Report of the Indian Hemp Drugs Commission, 1894-1895 - Volume IV
Year: 1894
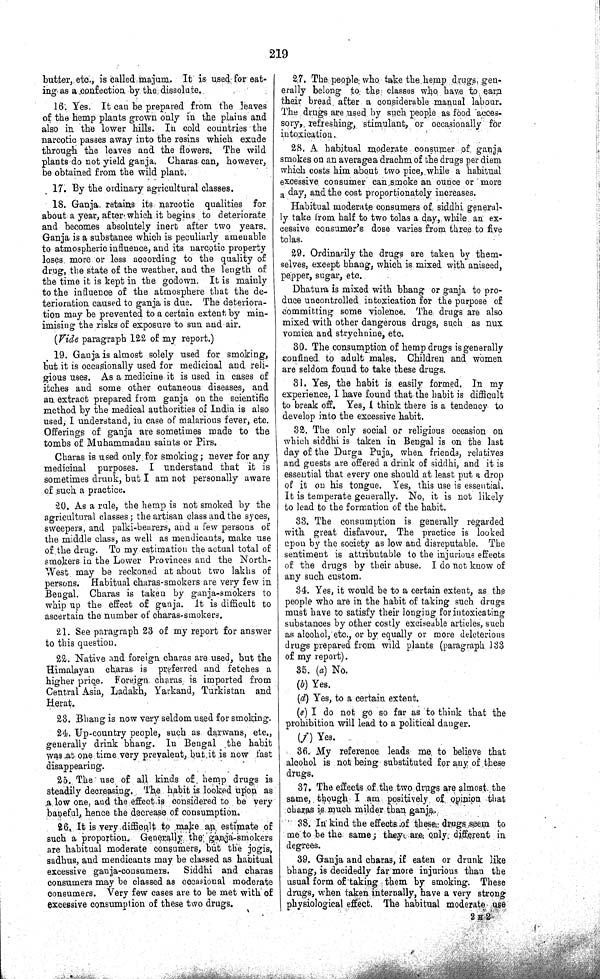
219
butter, etc., is called majum. It is used for eat-
ing as a confection by the dissolute.
16. Yes. It can be prepared from the leaves
of the hemp plants grown only in the plains and
also in the lower hills. In cold countries the
narcotic passes away into the resins which exude
through the leaves and the flowers. The wild
plants do not yield ganja. Charas can, however,
be obtained from the wild plant.
17. By the ordinary agricultural classes.
18. Ganja, retains its narcotic qualities for
about a year, after which it begins to deteriorate
and becomes absolutely inert after two years.
Ganja is a substance which is peculiarly amenable
to atmospheric influence, and its narcotic property
loses more or less according to the quality of
drug, the state of the weather, and the length of
the time it is kept in the godown. It is mainly
to the influence of the atmosphere that the de-
terioration caused to ganja is due. The deteriora-
tion may be prevented to a certain extent by min-
imising the risks of exposure to sun and air.
(Vide paragraph 122 of my report.)
19. Ganja is almost solely used for smoking,
but it is occasionally used for medicinal and reli-
gious uses. As a medicine it is used in cases of
itches and some other cutaneous diseases, and
an extract prepared from ganja on the scientific
method by the medical authorities of India is also
used, I understand, in case of malarious fever, etc.
Offerings of ganja are sometimes made to the
tombs of Muhammadan saints or Pirs.
Charas is used only for smoking; never for any
medicinal purposes. I understand that it is
sometimes drunk, but I am not personally aware
of such a practice.
20. As a rule, the hemp is not smoked by the
agricultural classes; the artisan class and the syces,
sweepers, and palki-bearers, and a few persons of
the middle class, as well as mendicants, make use
of the drug. To my estimation the actual total of
smokers in the Lower Provinces and the North-
West may be reckoned at about two lakhs of
persons. Habitual charas-smokers are very few in
Bengal. Charas is taken by ganja-smokers to
whip up the effect of ganja. It is difficult to
ascertain the number of charas-smokers.
21. See paragraph 23 of my report for answer
to this question.
22. Native and foreign charas are used, but the
Himalayan charas is preferred and fetches a
higher price. Foreign charas is imported from
Central Asia, Ladakh, Yarkand, Turkistan and
Herat.
23. Bhang is now very seldom used for smoking.
24. Up-country people, such as darwans, etc.,
generally drink bhang. In Bengal the habit
was at one time very prevalent, but it is now fast
disappearing.
25. The use of all kinds of hemp drugs is
steadily decreasing. The habit is looked upon as
a low one, and the effect is considered to be very
baneful, hence the decrease of consumption.
26. It is very difficult to make an estimate of
such a proportion. Generally the ganja-smokers
are habitual moderate consumers, but the jogis,
sadhus, and mendicants may be classed as habitual
excessive ganja-consumers.
Siddhi and charas
consumers may be classed as occasional moderate
consumers. Very few cases are to be met with of
excessive consumption of these two drugs.
27. The people who take the hemp drugs gen-
erally belong to the classes who have to earn
their bread after a considerable manual labour.
The drugs are used by such people as food acces-
sory, refreshing, stimulant, or occasionally for
intoxication.
28. A habitual moderate consumer of ganja
smokes on an average a drachm of the drugs per diem
which costs him about two pice, while a habitual
excessive consumer can smoke an ounce or more
a day, and the cost proportionately increases.
Habitual moderate consumers of siddhi general-
ly take from half to two tolas a day, while an ex-
cessive consumer's dose varies from three to five
tolas.
29. Ordinarily the drugs are taken by them-
selves, except bhang, which is mixed with aniseed,
pepper, sugar, etc.
Dhatura is mixed with bhang or ganja to pro-
duce uncontrolled intoxication for the purpose of
committing some violence. The drugs are also
mixed with other dangerous drugs, such as nux
vomica and strychnine, etc.
30. The consumption of hemp drugs is generally
confined to adult males. Children and women
are seldom found to take these drugs.
31. Yes, the habit is easily formed. In my
experience, I have found that the habit is difficult
to break off. Yes, I think there is a tendency to
develop into the excessive habit.
32. The only social or religious occasion on
which siddhi is taken in Bengal is on the last
day of the Durga Puja, when friends, relatives
and guests are offered a drink of siddhi, and it is
essential that every one should at least put a drop
of it on his tongue. Yes, this use is essential.
It is temperate generally. No, it is not likely
to lead to the formation of the habit.
33. The consumption is generally regarded
with great disfavour. The practice is looked
upon by the society as low and disreputable. The
sentiment is attributable to the injurious effects
of the drugs by their abuse. I do not know of
any such custom.
34. Yes, it would be to a certain extent, as the
people who are in the habit of taking such drugs
must have to satisfy their longing for intoxicating
substances by other costly exciseable articles, such
as alcohol, etc., or by equally or more deleterious
drugs prepared from wild plants (paragraph 133
of my report).
35. (a) No.
(b) Yes.
(d) Yes, to a certain extent.
(e) I do not go so far as to think that the
prohibition will lead to a political danger.
(f) Yes.
36. My reference leads me to believe that
alcohol is not being substituted for any of these
drugs.
37. The effects of the two drugs are almost the
same, though I am positively of opinion that
charas is much milder than ganja.
38. In kind the effects of these drugs seem to
me to be the same; they are only different in
degrees.
39. Ganja and charas, if eaten or drunk like
bhang, is decidedly far more injurious than the
usual form of taking them by smoking. These
drugs, when taken internally, have a very strong
physiological effect. The habitual moderate use
2 H 2